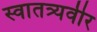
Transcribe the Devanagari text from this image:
स्वातत्र्यवीर